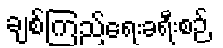
ချစ်ကြည်ရေးခရီးစဉ်